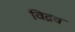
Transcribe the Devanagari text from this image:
विद्रव